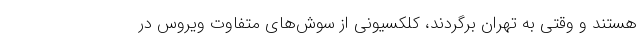
هستند و وقتی به تهران برگردند، کلکسیونی از سوش‌های متفاوت ویروس در